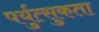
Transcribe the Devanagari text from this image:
पर्युत्सुकता